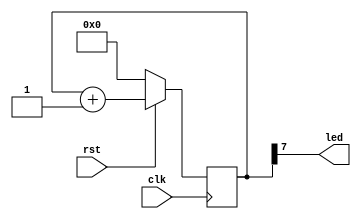
// Quick blinking a LED

/* module */
module counter (
  input rst,
  input clk,
  output led
    
);

    /* reg */
    reg [7:0] counter = 0;
    reg state;
    
    /* assign */
    assign led = counter[7];
    
    /* always */
    always @ (posedge clk) begin
      if (!rst) begin
        counter <= 8'b0;
      end else begin
        counter <= counter + 1'b1;
      end
    end

endmodule